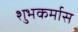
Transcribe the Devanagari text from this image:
शुभकर्मास